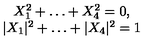
\begin{array} { c } { X _ { 1 } ^ { 2 } + \ldots + X _ { 4 } ^ { 2 } = 0 , } \\ { | X _ { 1 } | ^ { 2 } + \ldots + | X _ { 4 } | ^ { 2 } = 1 } \\ \end{array}